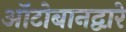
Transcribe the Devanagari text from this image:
ऑटोबानद्वारे